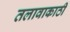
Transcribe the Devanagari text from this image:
तलावाकाठी